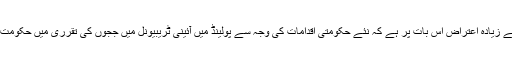
یورپی کمیشن کو سب سے زیادہ اعتراض اس بات پر ہے کہ نئے حکومتی اقدامات کی وجہ سے پولینڈ میں آئینی ٹریبیونل میں ججوں کی تقرری میں حکومت کا اختیار بڑھ سکتا ہے۔